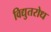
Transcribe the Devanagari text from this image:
विद्युतरोध